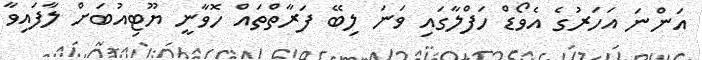
އަންނަ އަހަރުގެ އެވޯޑް ހަފްލާގައި ވަނަ ލިބޭ ފަރާތްތައް ހޮވާނީ ޔޫޓިއުބަށް ލާފައިވާ